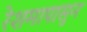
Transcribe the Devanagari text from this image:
रेशमापासुन